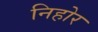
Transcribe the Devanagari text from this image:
निहोर